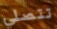
تتصلي